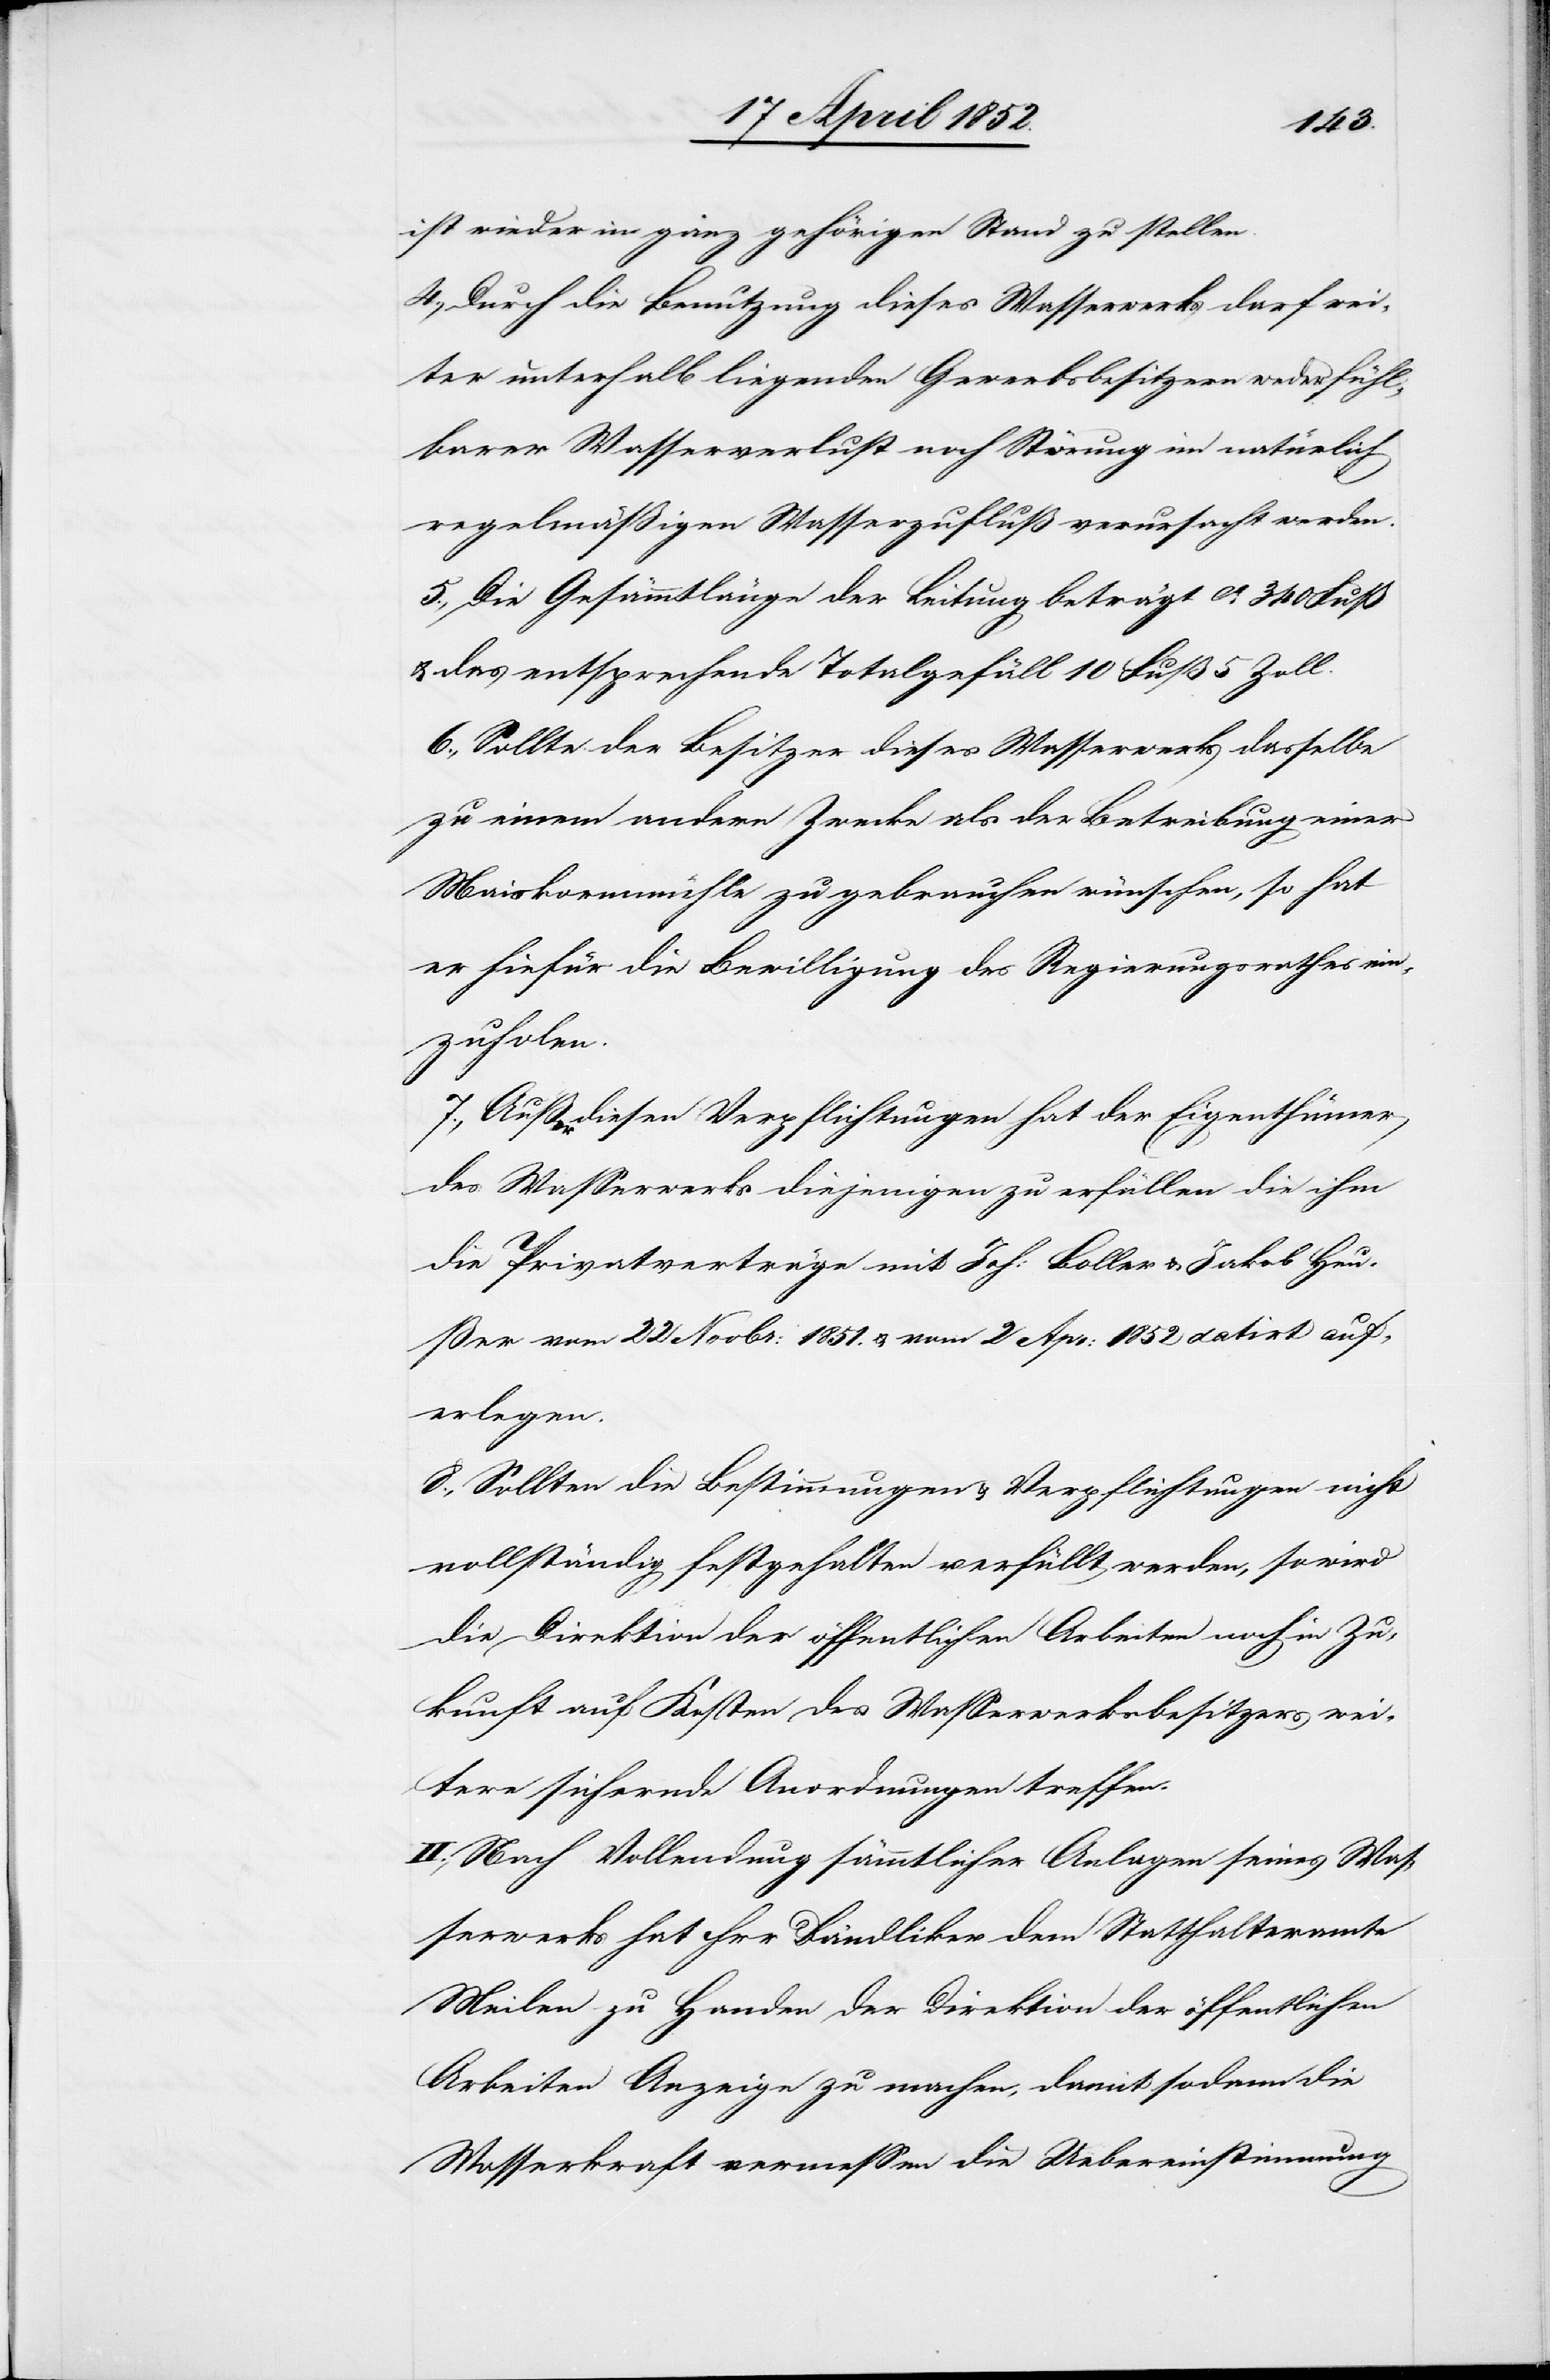
ist wieder in ganz gehörigen Stand zu stellen.
4., Durch die Benutzung dieses Wasserwerks darf wei¬
ter unterhalb liegenden Gewerbsbesitzern weder fühl¬
barer Wasserverlust noch Störung im natürlich
regelmäßigen Wasserzufluß verursacht werden.
5., Die Gesämmtlänge [sic!] der Leitung beträgt ca. 340 Fuß
& das entsprechende Totalgefäll 10 Fuß 5 Zoll.
6., Sollte der Besitzer dieses Wasserwerks dasselbe
zu einem andern Zwecke als der Betreibung einer
Maiskornmühle zu gebrauchen wünschen, so hat
er hiefür die Bewilligung des Regierungsrathes ein¬
zuholen.
7., Außer diesen Verpflichtungen hat der Eigenthümer
des Wasserwerks diejenigen zu erfüllen die ihm
die Privatverträge mit Joh: Boller & Jakob Heu¬
ßer vom 22 Novbr: 1851. & vom 2 Apr: 1852 datirt auf¬
erlegen.
8., Sollten die Bestimmungen & Verpflichtungen nicht
vollständig festgehalten u. erfüllt werden, so wird
die Direktion der öffentlichen Arbeiten noch in Zu¬
kunft auf Kosten des Wasserwerksbesitzers wei¬
tere sichernde Anordnungen treffen.
II., Nach Vollendung sämmtlicher Anlagen seines Was¬
serwerks hat Her[r] Dändliker dem Statthalteramte
Meilen zu Handen der Direktion der öffentlichen
Arbeiten Anzeige zu machen, damit sodann die
Wasserkraft vermessen[,] die Uebereinstimmung